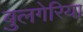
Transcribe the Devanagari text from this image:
बुलगेरिया